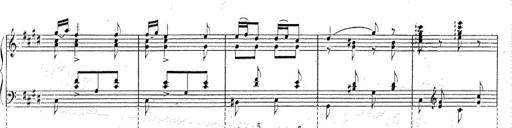
Title: Le rossignol
Composer: Franz Liszt